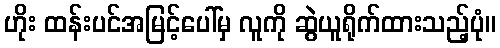
ဟိုး ထန်းပင်အမြင့်ပေါ်မှ လူကို ဆွဲယူရိုက်ထားသည့်ပုံ။